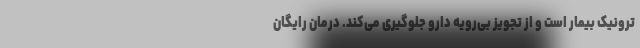
ترونیک بیمار است و از تجویز بی‌رویه دارو جلوگیری می‌کند. درمان رایگان